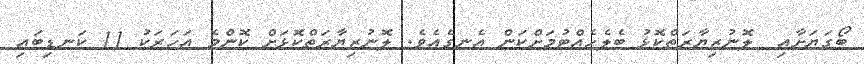
ބޯގަޔަށާއި  ލޮނުޒިޔާރަތްކޮޅު ބެލެހެއްޓުމަށްކަން އެނގެއެވެ. ލޮނުޒިޔާރަތްކޮޅަށް ކޮންމެ އަހަރަކު 11 ކަނޑިބައި